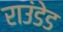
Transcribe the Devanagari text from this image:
राउंडेड